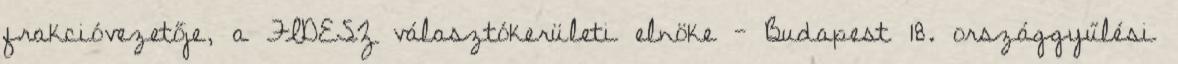
frakcióvezetője, a FIDESZ választókerületi elnöke - Budapest 18. országgyűlési